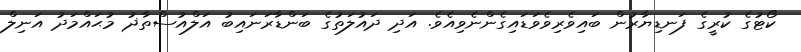
ކޯޓުގެ ކުރީގެ ފަނޑިޔާރުން ބައިވެރިވެވަޑައިގެންނެވިއެވެ. އަދި ދައުލަތުގެ ބަންޑާރަނައިބު އަލްއުސްތާޛު މުޙައްމަދު އަނިލް